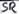
Text: SR